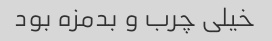
خیلی چرب و بدمزه بود